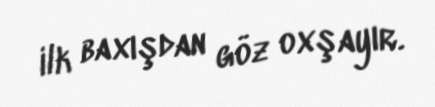
ilk baxışdan göz oxşayır.